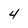
Character: 4